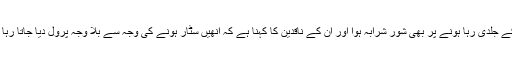
ان کے جلدی رہا ہونے پر بھی شور شرابہ ہوا اور ان کے ناقدین کا کہنا ہے کہ انھیں سٹار ہونے کی وجہ سے بلا وجہ پرول دیا جاتا رہا ہے۔